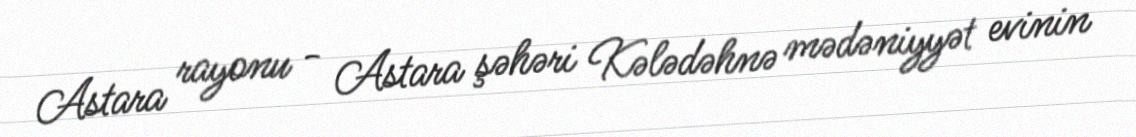
Astara rayonu - Astara şəhəri Kələdəhnə mədəniyyət evinin